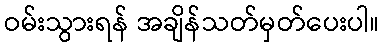
ဝမ်းသွားရန် အချိန်သတ်မှတ်ပေးပါ။